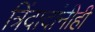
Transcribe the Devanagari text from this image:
त्रिंदादांनीही